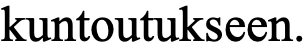
kuntoutukseen.